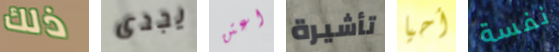
ذلك يجدى اعتن تأشيرة أحيا نفسة